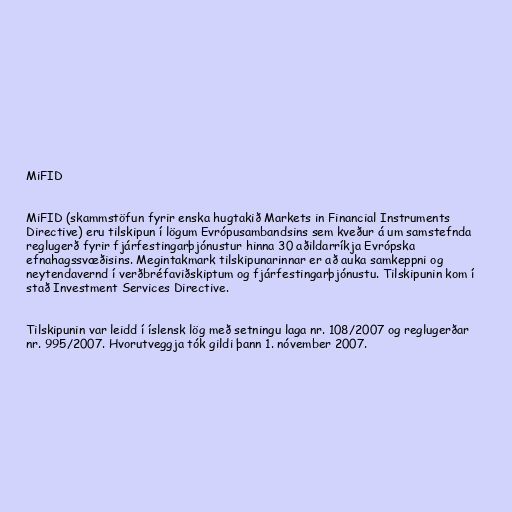
MiFID

MiFID (skammstöfun fyrir enska hugtakið Markets in Financial Instruments
Directive) eru tilskipun í lögum Evrópusambandsins sem kveður á um samstefnda
reglugerð fyrir fjárfestingarþjónustur hinna 30 aðildarríkja Evrópska
efnahagssvæðisins. Megintakmark tilskipunarinnar er að auka samkeppni og
neytendavernd í verðbréfaviðskiptum og fjárfestingarþjónustu. Tilskipunin kom í
stað Investment Services Directive.

Tilskipunin var leidd í íslensk lög með setningu laga nr. 108/2007 og reglugerðar
nr. 995/2007. Hvorutveggja tók gildi þann 1. nóvember 2007.